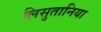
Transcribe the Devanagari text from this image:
लिसुतानिया